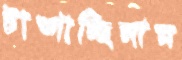
টাঙ্গাচ্ছিলাম